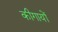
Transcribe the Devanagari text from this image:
कीगायों